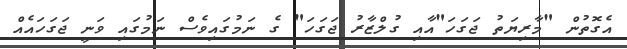
އެގޮތުން "މާރިޔަތު ޖަގަހަ"އާއި ގުލްޒާރު ޖަގަހަ" ގެ ނަމުގައިވެސް ނަމުގައި ވަނީ ޖަގަހައެއް